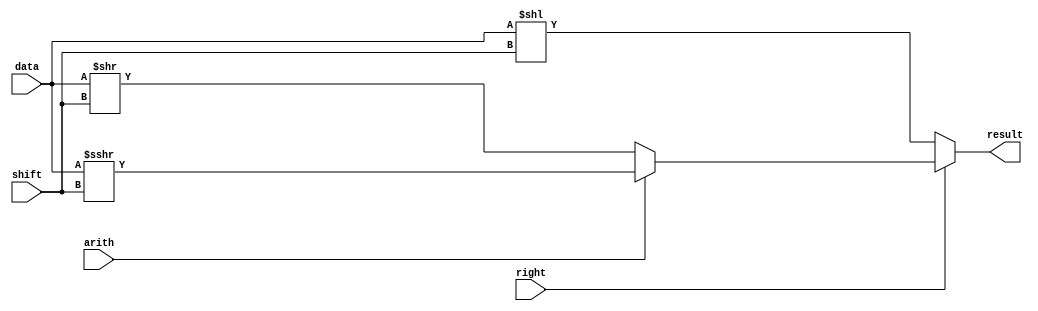
// barrel shifter, behavior style
module shift (data, shift, right, arith, result);
	
	input [31:0] data;		//input: 32bit data to be shifter;
	input [4:0] shift;	//input: shifter amount, 5 bits;
	input right;			//shift right: 1; shift left: 0;
	input arith;			//arithmetic shift: 1; logic shift: 0;
	output [31:0] result;	//output: 32bit shift result;
	
	reg [31:0] result;
	
	always @* begin
		if( !right ) begin					// shift left
			result = data << shift;
		end
		else if( !arith ) begin				// logic right shift 
			result = data >> shift;
		end
		else begin							// arithmetic right shift
//			result = data >>> shift;			// method1		ff00_00ff => 00ff_0000
			result = $signed(data) >>> shift;	// method2 		ff00_00ff => ffff_0000
		end
	
	end

endmodule